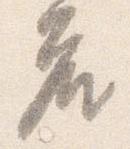
座